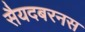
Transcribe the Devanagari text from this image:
सैयदबरनस